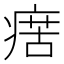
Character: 瘔